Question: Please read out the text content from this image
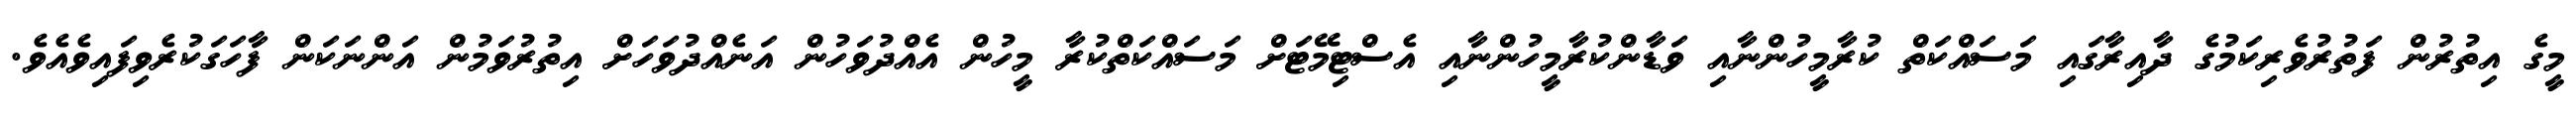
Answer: މީގެ އިތުރުން ފަތުރުވެރިކަމުގެ ދާއިރާގައި މަސައްކަތް ކުރާމީހުންނާއި ވަޑާންކުރާމީހުންނާއި އެސްޓިމޭޓަށް މަސައްކަތްކުރާ މީހުން އެއްދުވަހުން އަނެއްދުވަހަށް އިތުރުވަމުން އަންނަކަން ފާހަގަކުރެވިފައިވެއެވެ.